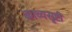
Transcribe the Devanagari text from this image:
काव्यसृष्टी